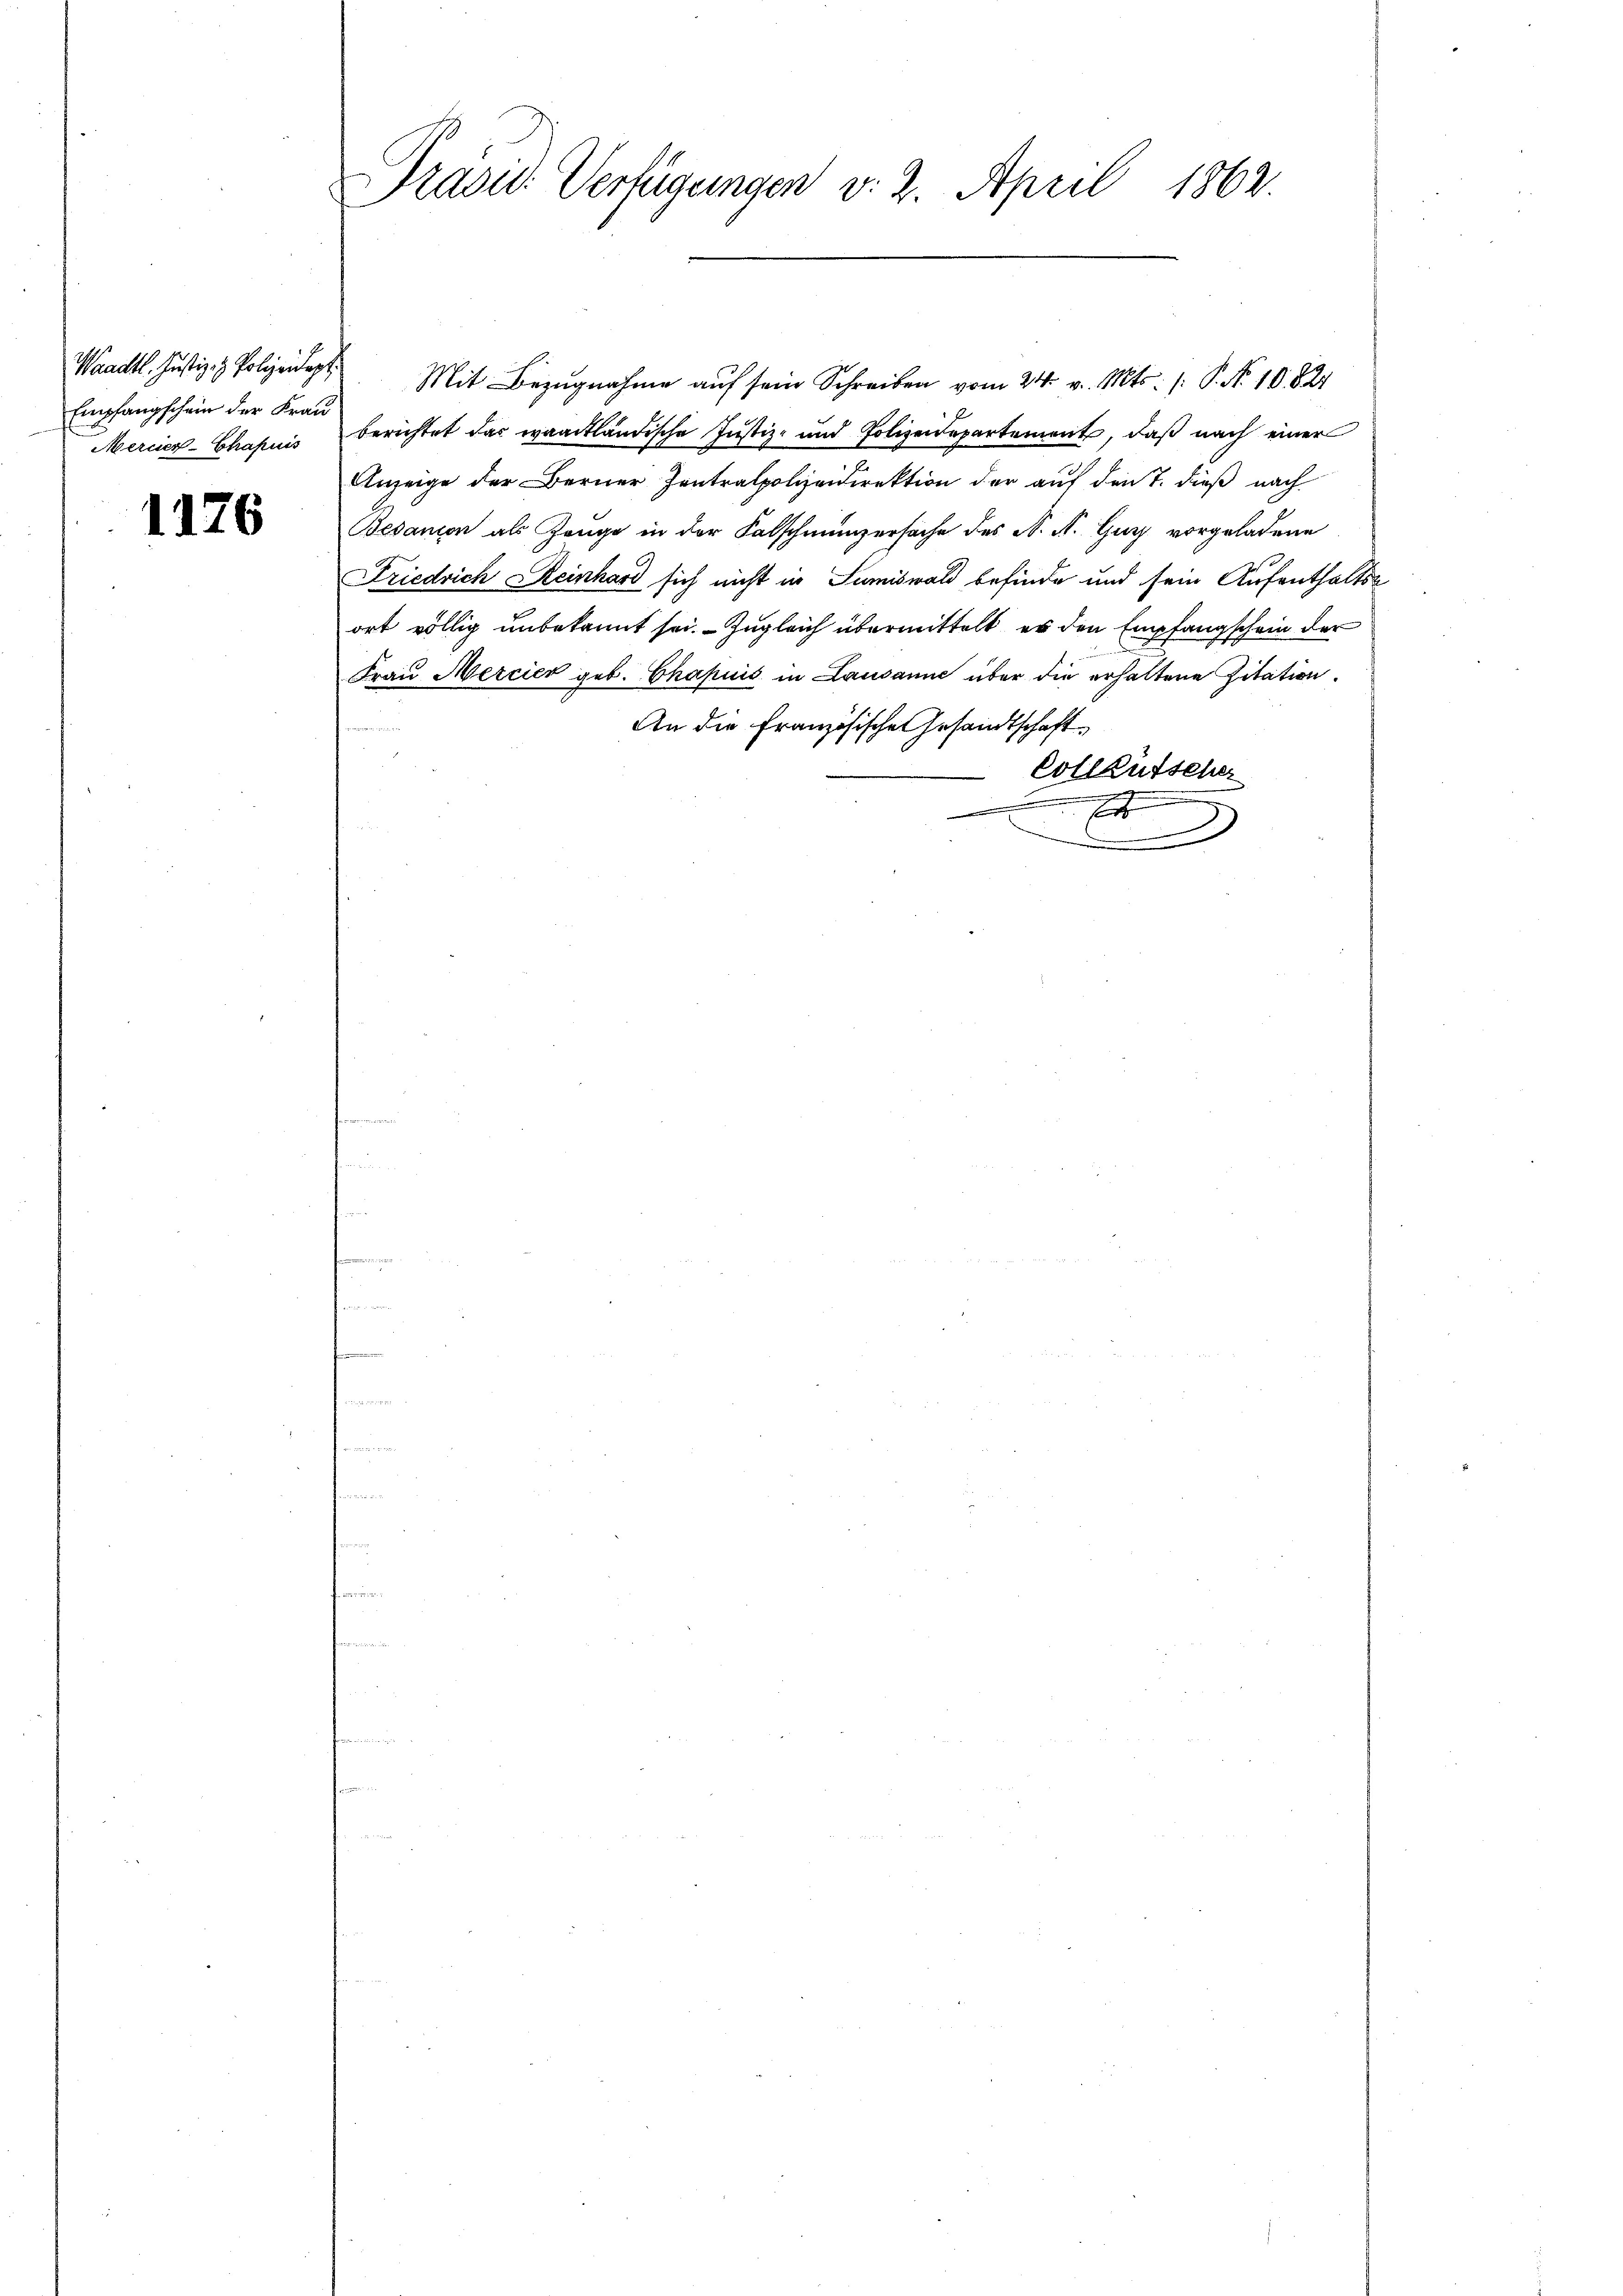
Waadt. Justiz- & Polizeidept.
Empfangschein der Frau
Mercier-Chapuis

1176

Präsid. Verfügungen v. 2. April 1862.

Mit Bezugnahme auf sein Schreiben vom 24. v. Mts. /: P. Nr. 10824
berichtet das waadtländische Justiz- und Polizeidepartement, daß nach einer
Anzeige der Berner Zentralpolizeidirektion der auf den 7. dieß nach
Bedanion als Zeuge in der Falschmünzersache des A. A. Gury vorgeladene
Friedrich Reinhard sich nicht in Sumiswald befinde und sein Aufenthaltsort völlig unbekannt sei. Zugleich übermittelt es den Empfangschein der
Frau Mercier geb. Chapuis in Lausanne über die erhaltene Zitation.
An die Französische Gesandtschaft
Collentscher
x

.